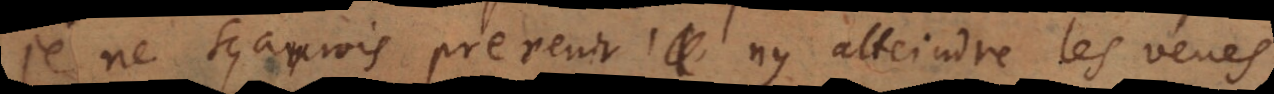
je ne sçaurois prevenir ny atteindre les veues